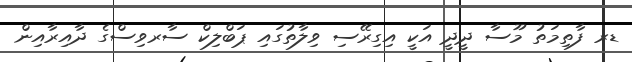
ޑރ ފާތިމަތު މޫސާ ދީދީ އަކީ އިގިރޭސި ވިލާތުގައި ޕަބްލިކް ސާރވިސްގެ ދާއިރާއިން